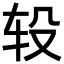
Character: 𨐅